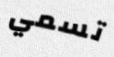
تسمي